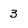
Character: 3